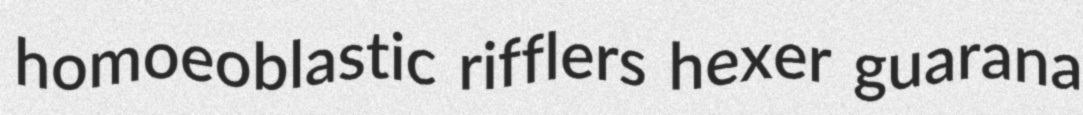
homoeoblastic rifflers hexer guarana